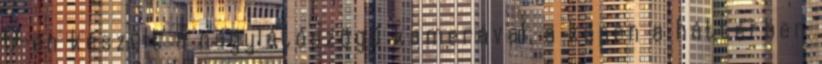
5-én készült a nagylátószögű kamerával, a képen a háttérben